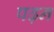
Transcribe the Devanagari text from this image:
पढ़न